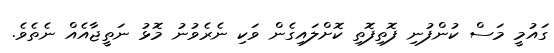
ގައުމީ މަސް ކުންފުނި ފޮތިފޮތި ކޮށްލައިގެން ވަކި ނެރެވުނު މޮޅު ނަތީޖާއެއް ނެތެވެ.